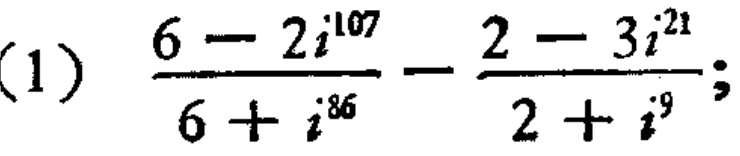
(1) $\frac{6 - 2i^{107}}{6 + i^{86}} - \frac{2 - 3i^{21}}{2 + i^{9}}$;